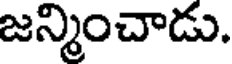
జన్మించాడు.